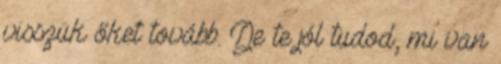
visszük őket tovább. De te jól tudod, mi van